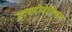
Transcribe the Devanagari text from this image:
डायटोमेसियस